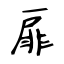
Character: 扉